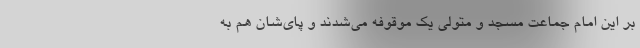
بر این امام جماعت مسجد و متولی یک موقوفه می‌شدند و پای‌شان هم به